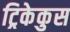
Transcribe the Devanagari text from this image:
ट्रिकेकुस